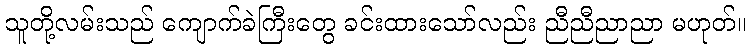
သူတို့လမ်းသည် ကျောက်ခဲကြီးတွေ ခင်းထားသော်လည်း ညီညီညာညာ မဟုတ်။